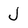
Character: J